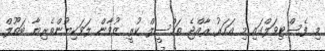
މި ފެސްޓިވަލްގައި މި އަހަރު ރާއްޖެ ތަމްސީލް ކުރީ ޒުވާން ލަވަކިޔުންތެރިޔާ ބަތޫލް